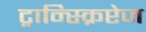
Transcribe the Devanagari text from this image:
ट्रान्स्क्रिप्टेज